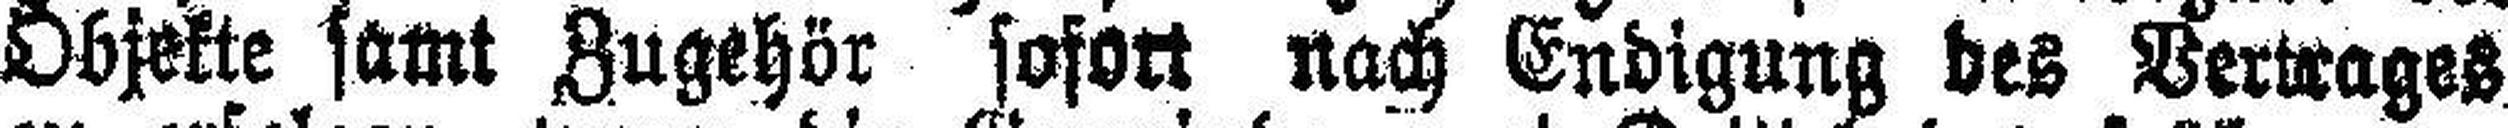
Objekte samt Zugehör sofort nach Endigung des Vertrages